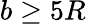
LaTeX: b\geq 5R